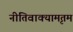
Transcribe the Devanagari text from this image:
नीतिवाक्यामृतम